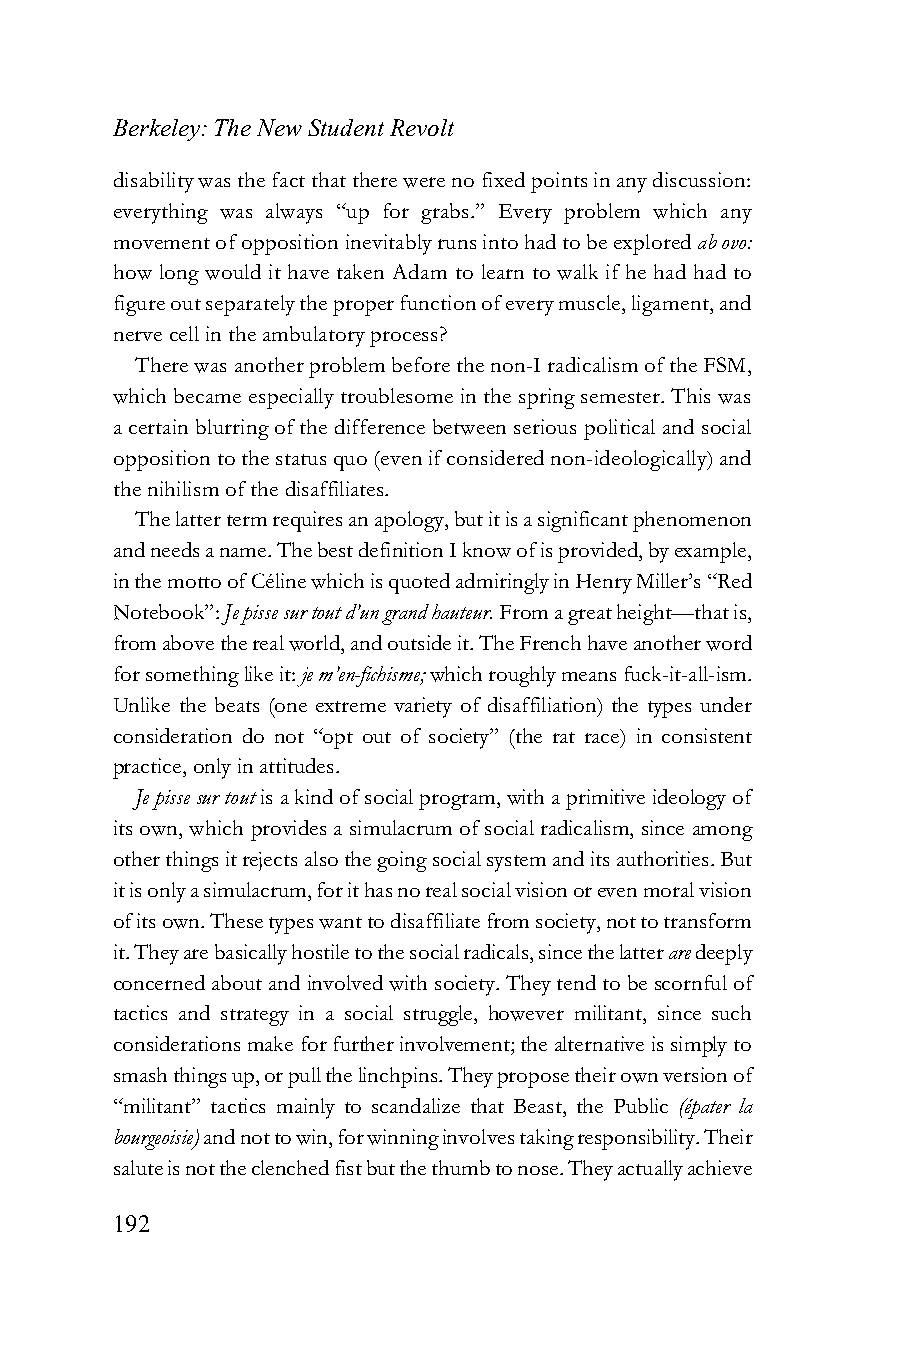
Berkeley: The New Student Revolt
 disability was the fact that there were no fixed points in any discussion:
 everything was always “up for grabs.” Every problem which any
 movement of opposition inevitably runs into had to be explored ab ovo:
 how long would it have taken Adam to learn to walk if he had had to
 figure out separately the proper function of every muscle, ligament, and
 nerve cell in the ambulatory process?
 There was another problem before the non-I radicalism of the FSM,
 which became especially troublesome in the spring semester. This was
 a certain blurring of the difference between serious political and social
 opposition to the status quo (even if considered non-ideologically) and
 the nihilism of the disaffiliates.
 The latter term requires an apology, but it is a significant phenomenon
 and needs a name. The best definition I know of is provided, by example,
 in the motto of Céline which is quoted admiringly in Henry Miller’s “Red
 Notebook”: Je pisse sur tout d’un grand hauteur. From a great height—that is,
 from above the real world, and outside it. The French have another word
 for something like it: je m’en-fichisme; which roughly means fuck-it-all-ism.
 Unlike the beats (one extreme variety of disaffiliation) the types under
 consideration do not “opt out of society” (the rat race) in consistent
 practice, only in attitudes.
 Je pisse sur tout is a kind of social program, with a primitive ideology of
 its own, which provides a simulacrum of social radicalism, since among
 other things it rejects also the going social system and its authorities. But
 it is only a simulacrum, for it has no real social vision or even moral vision
 of its own. These types want to disaffiliate from society, not to transform
 it. They are basically hostile to the social radicals, since the latter are deeply
 concerned about and involved with society. They tend to be scornful of
 tactics and strategy in a social struggle, however militant, since such
 considerations make for further involvement; the alternative is simply to
 smash things up, or pull the linchpins. They propose their own version of
 “militant” tactics mainly to scandalize that Beast, the Public (épater la
 bourgeoisie) and not to win, for winning involves taking responsibility. Their
 salute is not the clenched fist but the thumb to nose. They actually achieve
 192